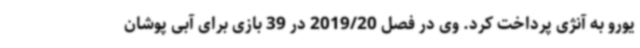
یورو به آنژی پرداخت کرد. وی در فصل 2019/20 در 39 بازی برای آبی پوشان